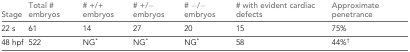
<table><thead><tr><td><b>Stage</b></td><td><b>Total # embryos</b></td><td><b># +/+ embryos</b></td><td><b># +/− embryos</b></td><td><b># −/− embryos</b></td><td><b># with evident cardiac defects</b></td><td><b>Approximate penetrance</b></td></tr></thead><tbody><tr><td>22 s</td><td>61</td><td>14</td><td>27</td><td>20</td><td>15</td><td>75%</td></tr><tr><td>48 hpf</td><td>522</td><td>NG<sup>∗</sup></td><td>NG<sup>∗</sup></td><td>NG<sup>∗</sup></td><td>58</td><td>44%<sup>†</sup></td></tr></tbody></table>